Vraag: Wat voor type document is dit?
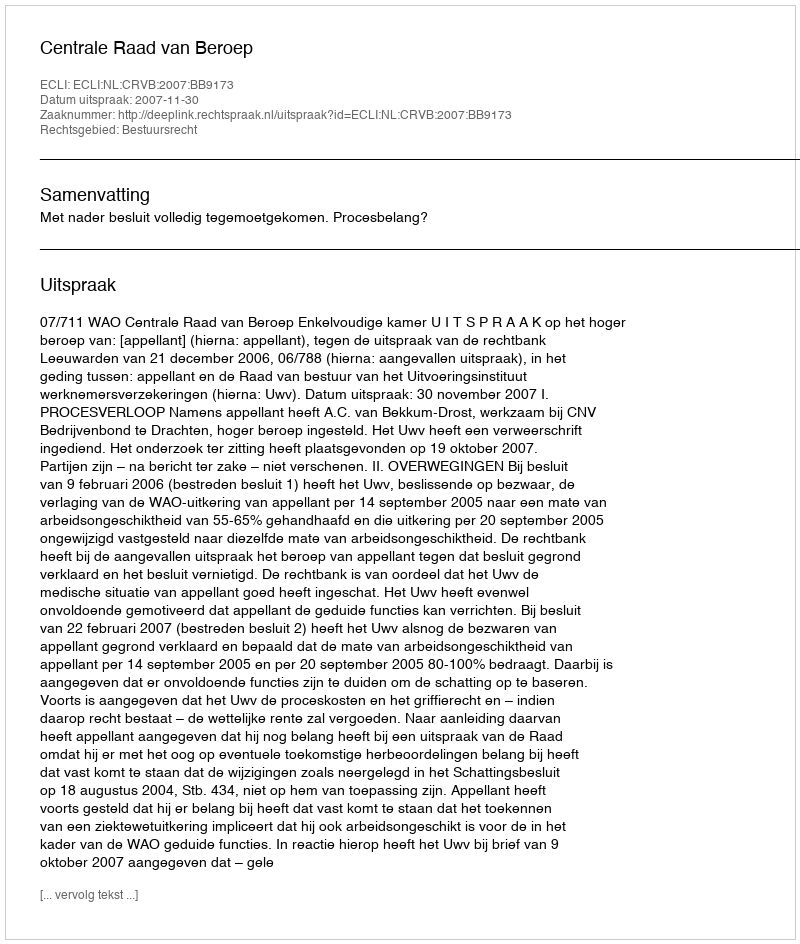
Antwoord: Uitspraak